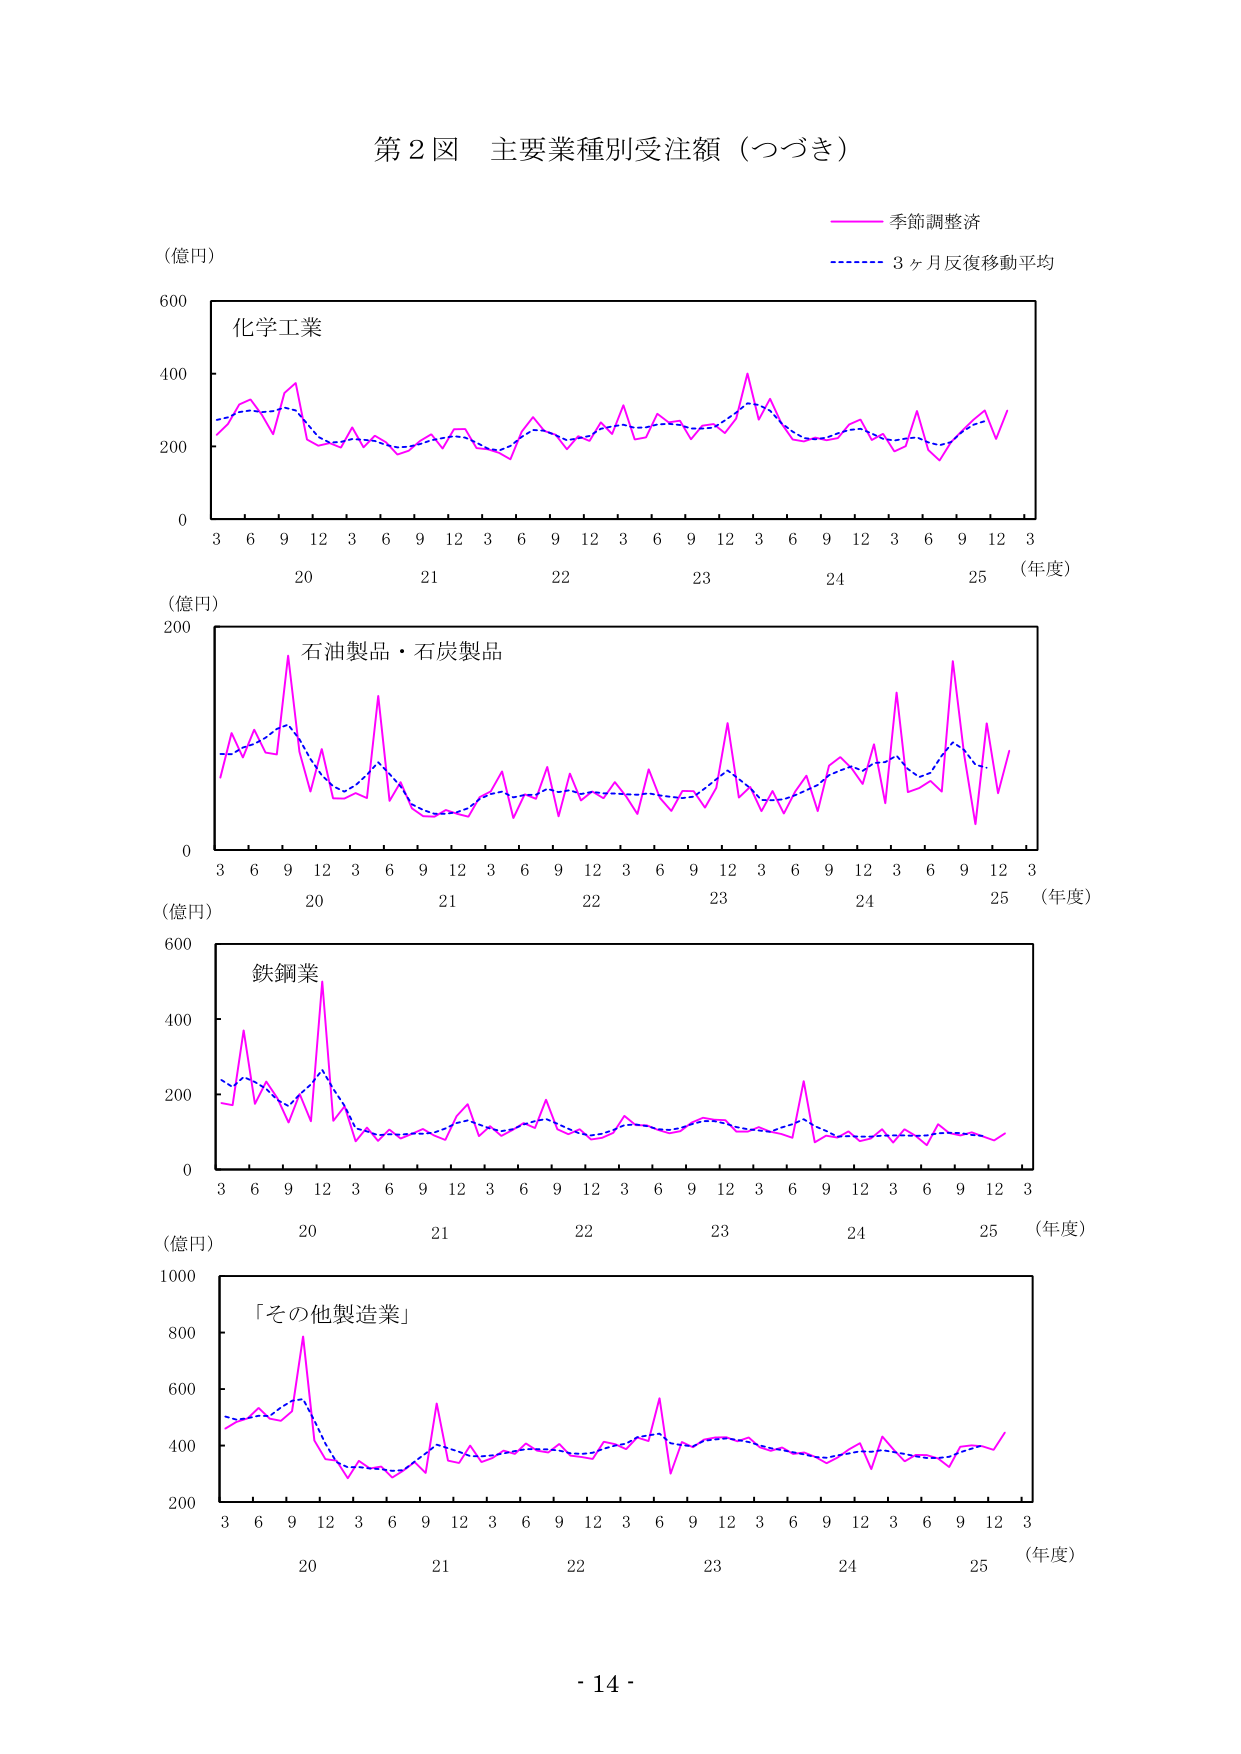
第２図 主要業種別受注額（つづき）

（億円）

化学工業

季節調整済
3ヶ月反復移動平均

（年度）
3 6 9 12 3 6 9 12 3 6 9 12 3 6 9 12 3 6 9 12 3
20 21 22 23 24 25

（億円）

石油製品・石炭製品

（年度）
3 6 9 12 3 6 9 12 3 6 9 12 3 6 9 12 3 6 9 12 3
20 21 22 23 24 25

（億円）

鉄鋼業

（年度）
3 6 9 12 3 6 9 12 3 6 9 12 3 6 9 12 3 6 9 12 3
20 21 22 23 24 25

（億円）

「その他製造業」

（年度）
3 6 9 12 3 6 9 12 3 6 9 12 3 6 9 12 3 6 9 12 3
20 21 22 23 24 25

- 14 -